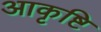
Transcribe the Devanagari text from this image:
आकृष्टि